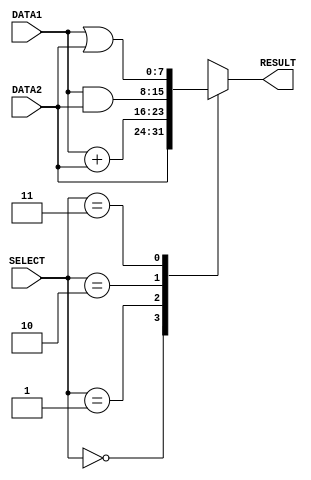
module alu(DATA1, DATA2, RESULT, SELECT); 

	input [7:0] DATA1,DATA2;
	input [2:0] SELECT;
	output [7:0] RESULT;

	reg RESULT;

	always @ (DATA1,DATA2,SELECT) //Whenever one of DATA1,DATA2 or SELECT inputs are changed
	begin
		case (SELECT)  //defining the function for the result based on SELECT input
			
			3'b000 :#1 RESULT=DATA2; //SELECT=000 corresponds to FORWARD function(forward DATA2 into RESULT) (with delay #1)
					
			3'b001 :#2 RESULT=DATA1+DATA2; //SELECT=001 corresponds to ADD function(add DATA1 and DATA2) (with delay #2)
					
			3'b010 :#1 RESULT=DATA1&DATA2; //SELECT=010 corresponds to AND function(bitwise AND on DATA1 with DATA2) (with delay #1)
					
			3'b011 :#1 RESULT=DATA1|DATA2; //SELECT=011 corresponds to OR function(bitwise OR on DATA1 with DATA2) (with delay #1)
					
			default: RESULT=8'bx; //Reserved inputs for SELECT(for other bit combinations concerning the 1st bit) is considered a don't-care(x) condition at this stage                                                               			
					
		endcase
	end
endmodule